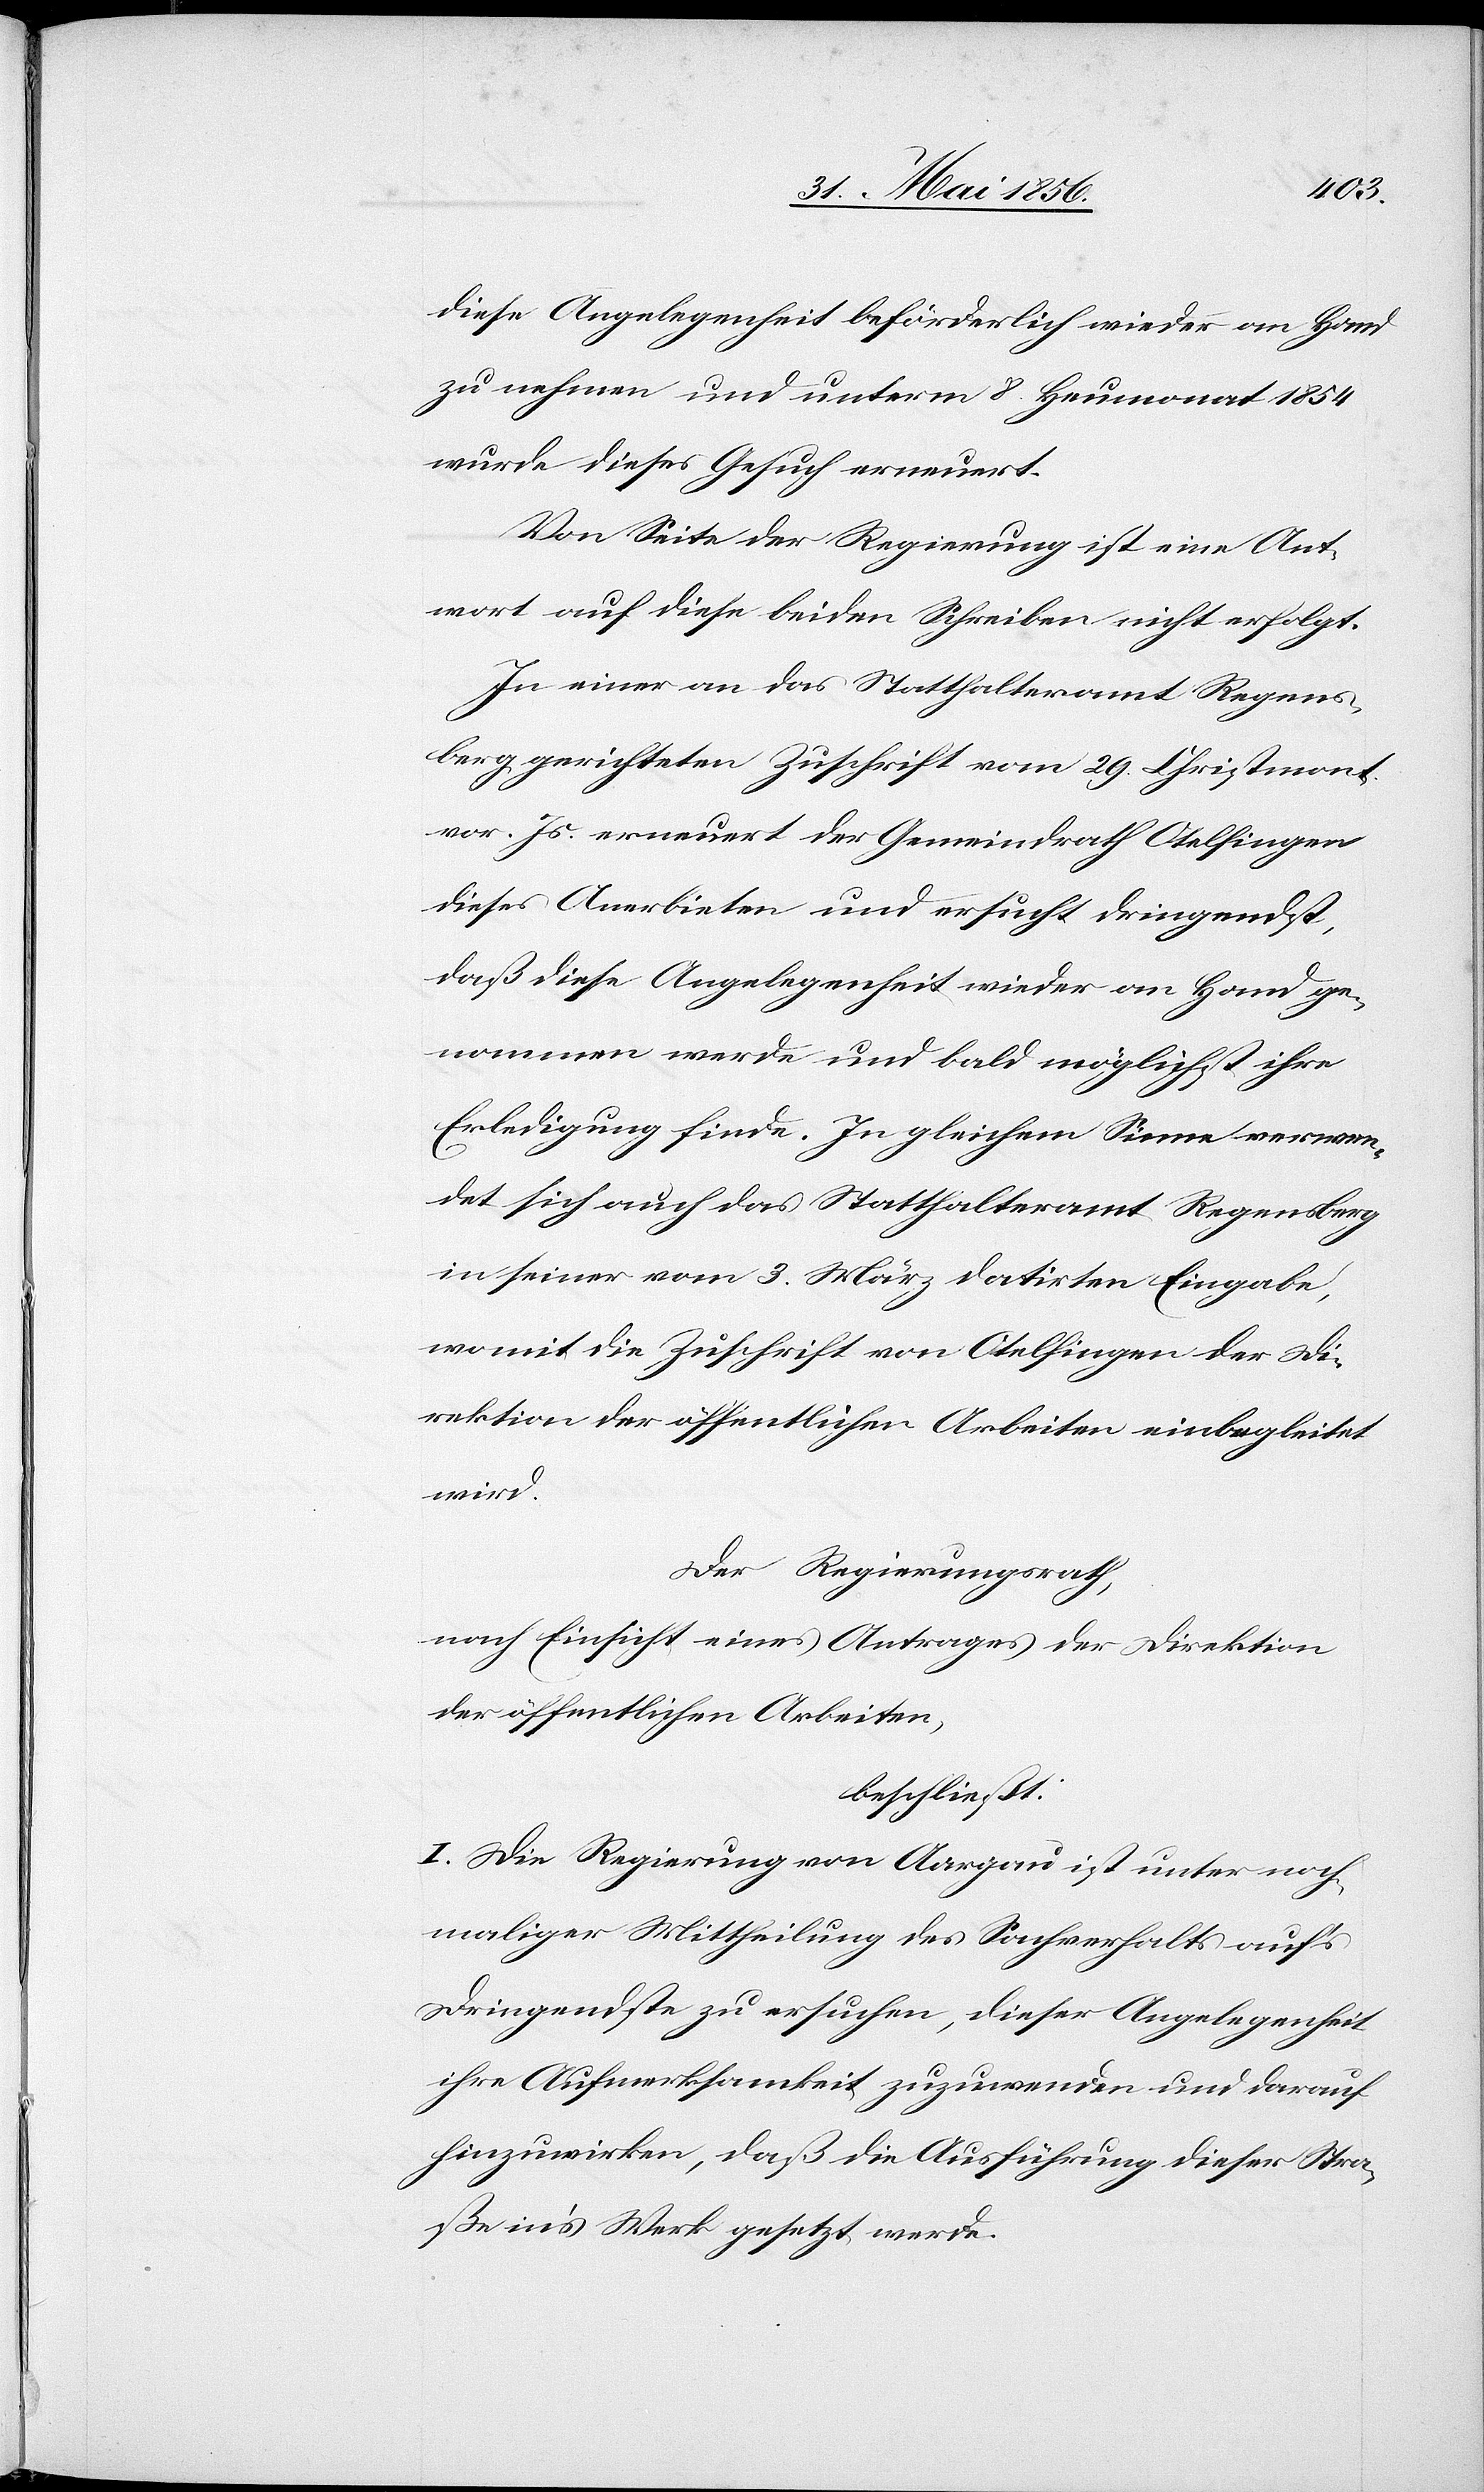
diese Angelegenheit beförderlich wieder an Hand
zu nehmen und unterm 8. Herbstmonat 1854
wurde dieses Gesuch erneuert.
Von Seite der Regierung ist eine Ant¬
wort auf diese beiden Schreiben nicht erfolgt.
In einer an das Statthalteramt Regens¬
berg gerichteten Zuschrift vom 29. Christmonat
vor. Js. erneuert der Gemeindrath Otelfingen
dieses Anerbieten und ersucht dringendst,
daß diese Angelegenheit wieder an Hand ge¬
nommen werde und bald möglichst ihre
Erledigung finde. In gleichem Sinne verwen¬
det sich auch das Statthalteramt Regensberg
in seiner vom 3. März datirten Eingabe,
womit die Zuschrift von Otelfingen der Di¬
rektion der öffentlichen Arbeiten einbegleitet
wird.
Der Regierungsrath,
nach Einsicht eines Antrages der Direktion
der öffentlichen Arbeiten,
beschließt:
I. Die Regierung von Aargau unter noch¬
maliger Mittheilung des Sachverhalts auf’s
Dringendste zu ersuchen, dieser Angelegenheit
ihre Aufmerksamkeit zuzuwenden und darauf
hinzuwirken, daß die Ausführung dieser Stra¬
ße in’s Werk gesetzt werde.